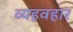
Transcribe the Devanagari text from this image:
व्यहवहार